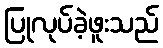
ပြုလုပ်ခဲ့ဖူးသည်